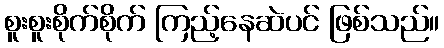
စူးစူးစိုက်စိုက် ကြည့်နေဆဲပင် ဖြစ်သည်။